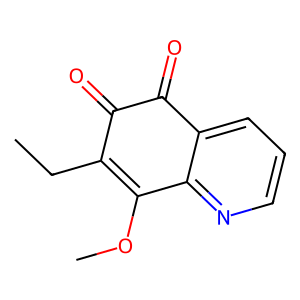
SMILES: CCC1=C(OC)c2ncccc2C(=O)C1=O
Inhibits HIV replication: No